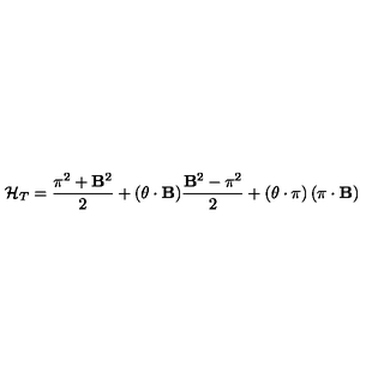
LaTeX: { \cal H } _ { T } = \frac { { \bf \pi } ^ { 2 } + { \bf B } ^ { 2 } } { 2 } + ( { \bf \theta } \cdot { \bf B } ) \frac { { \bf B } ^ { 2 } - { \bf \pi } ^ { 2 } } { 2 } + \left( { \bf \theta } \cdot { \bf \pi } \right) \left( { \bf \pi } \cdot { \bf B } \right)